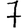
Digit: 7